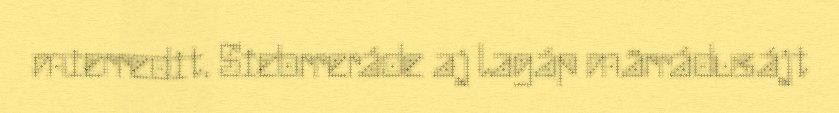
mierredit. Siebrreráde aj lagáp märrádusájt